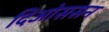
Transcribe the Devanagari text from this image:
दिओससन